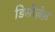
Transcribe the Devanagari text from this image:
डिसीज़ेज़